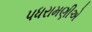
પધરામણીએ